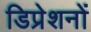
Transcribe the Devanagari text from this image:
डिप्रेशनों